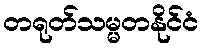
တရုတ်သမ္မတနိုင်ငံ